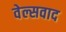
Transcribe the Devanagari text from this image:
वेल्सवाद